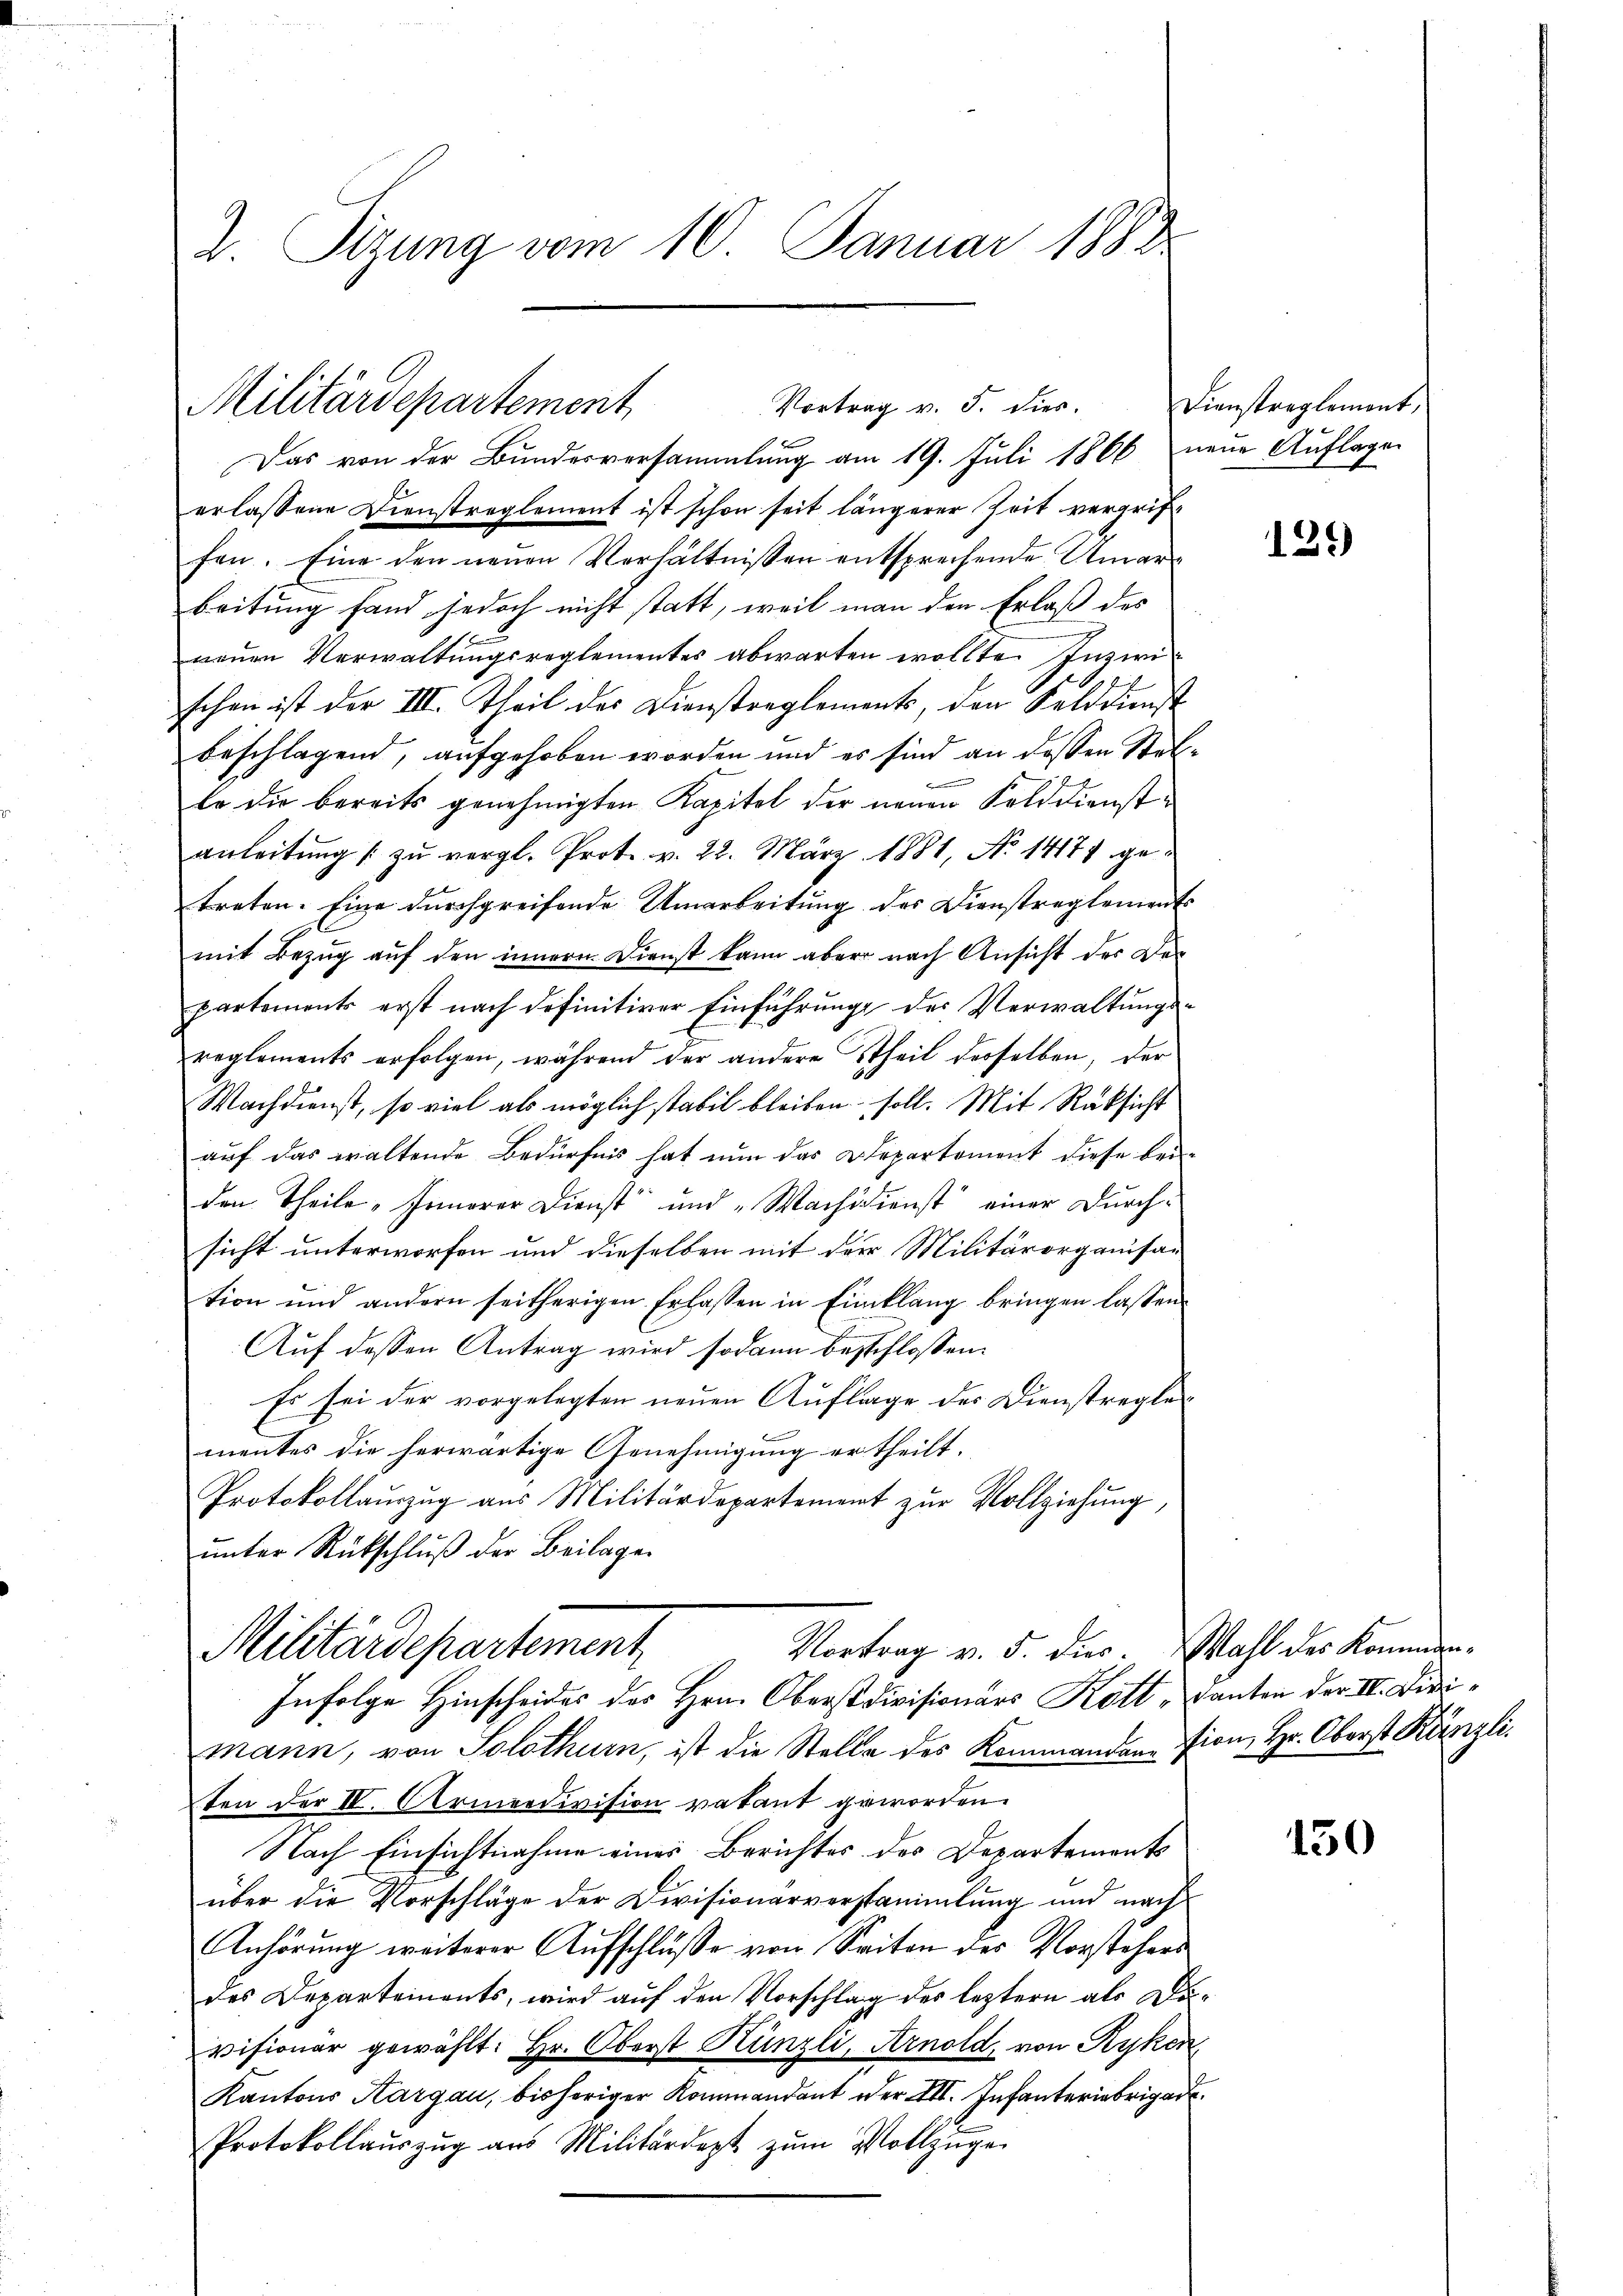
2. Sizung vom 10. Januar 1883

Vortrag v. J. dies.
Militärdepartement
Das von der Bundesversammlung am 19. Juli 1866 neue Auflagen

erlassene Dienstreglement ist schon seit längerer Zeit vergriffen. Eine den neuen Verhältnissen entsprechende Amarbeitung fand jedoch nicht statt, weil man den Erlaß des
neuen Verwaltungsreglementes abwarten wollte. Inzwischen ist der III. Theil des Dienstreglements, den Felddienst
beschlagend, aufgehoben worden und es sind an dessen Stelle die bereits genehmigten Kapitel der neuen Solddienstanleitŭng zŭ vergl. Prot. v. 22. März 1881, No 14174 getreten. Eine durchgreifende Umarbeitung des Dienstreglements
mit Bezug auf den innern Dienst kann aber nach Ansicht des Departements erst nach definitiver Einführunge des Verwaltungsreglements erfolgen, während der andere Theil desselben, der
Nachdienst, so viel als möglich stabil bleiben soll. Mit Rüksicht
auf das waltende Bedürfnis hat nun das Departement diese bei-
den Theile „Innerer Dienst und „Machidienst einer Durchsicht unterworfen und dieselben mit der Militärorganisation und andern seitherigen Erlassen in Einklang bringen lassen.
Auf dessen Antrag wird sodann beschlossen:
Es sei der vorgelegten neuen Auflage des Dienstreglementes die herwärtige Genehmigung ertheilt.
Protokollauszug aus Militärdepartement zur Vollziehung,
ŭnter Rückschluß der Beilage
Militärdepartement
Vortrag v. 5. dies. Wahl des Kommen¬
Infolge Hinscheides des Hrn. Oberst divisionärs Kott - Danten der II. Divimann, von Solothurn, ist die Stelle des Kommandantion, Hr. Oberst Künzli
ten der IV. Armeedivision vakant geworden.
Nach Einsichtnahme einer Berichtes des Departements
über die Vorschläge der Divisionarverstammlung und nach
Anhörung weiterer Aufschluße von Seiten des Vorstehers
des Departements, wird auf den Vorschlag des leztern als Dovisionar gewählt: Hr. Oberst Künzli, Arnold, von Kyken
Kantons Aargau, bisheriger Kommandant oder XII. Infanteriebrigad
Protokollaŭszŭg aŭs Militärdept zŭm Vollzüge

Dienstreglement,

129)

150